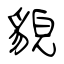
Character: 貌